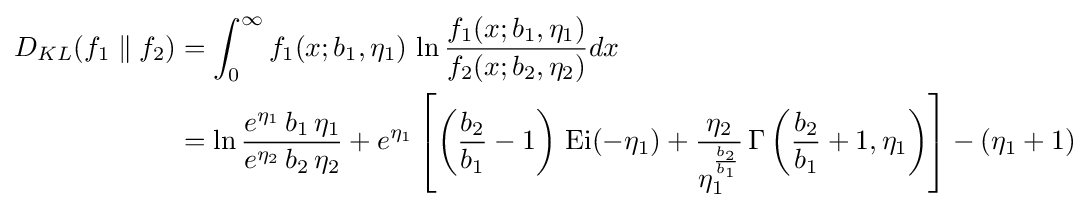
{\begin{aligned}D_{KL}(f_{1}\parallel f_{2})&=\int _{0}^{\infty }f_{1}(x;b_{1},\eta _{1})\,\ln {\frac {f_{1}(x;b_{1},\eta _{1})}{f_{2}(x;b_{2},\eta _{2})}}dx\\&=\ln {\frac {e^{\eta _{1}}\,b_{1}\,\eta _{1}}{e^{\eta _{2}}\,b_{2}\,\eta _{2}}}+e^{\eta _{1}}\left[\left({\frac {b_{2}}{b_{1}}}-1\right)\,\operatorname {Ei} (-\eta _{1})+{\frac {\eta _{2}}{\eta _{1}^{\frac {b_{2}}{b_{1}}}}}\,\Gamma \left({\frac {b_{2}}{b_{1}}}+1,\eta _{1}\right)\right]-(\eta _{1}+1)\end{aligned}}